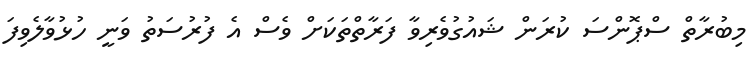
މިބުރާތް ސްޕޮންސަ ކުރަން ޝައުގުވެރިވާ ފަރާތްތަކަށް ވެސް އެ ފުރުސަތު ވަނީ ހުޅުވާލެވިފަ